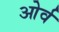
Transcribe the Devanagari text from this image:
ओर्व